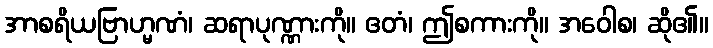
အာစရိယဗြာဟ္မဏံ၊ ဆရာပုဏ္ဏားကို။ ဧတံ၊ ဤစကားကို။ အဝေါစ၊ ဆို၏။